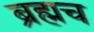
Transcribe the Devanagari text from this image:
ब्रह्मच